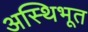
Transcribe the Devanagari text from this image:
अस्थिभूत